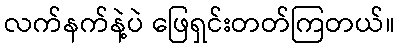
လက်နက်နဲ့ပဲ ဖြေရှင်းတတ်ကြတယ်။